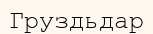
Груздьдар